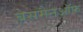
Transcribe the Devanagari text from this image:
बेसमैनऑफ़